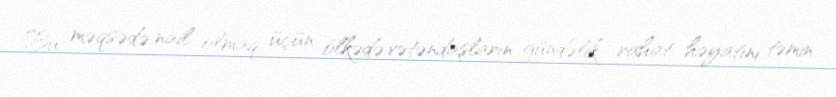
Bu məqsədə nail olmaq üçün ölkədə vətəndaşların gündəlik rahat həyatını təmin